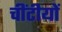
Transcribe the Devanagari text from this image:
चींटीयों